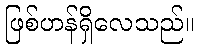
ဖြစ်ဟန်ရှိလေသည်။